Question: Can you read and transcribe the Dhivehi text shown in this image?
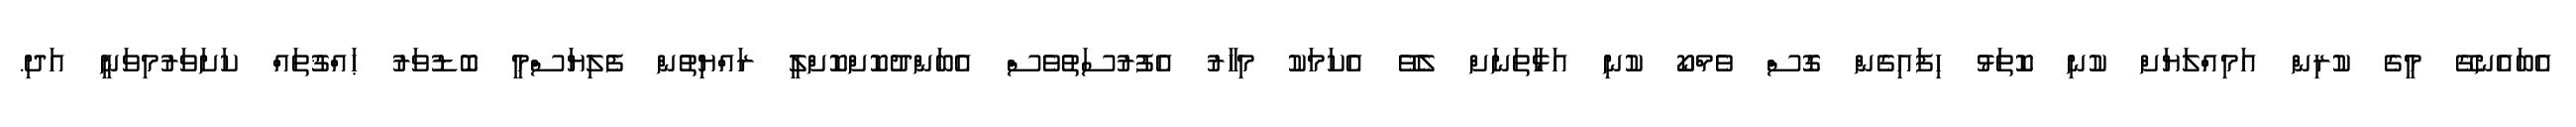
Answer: އެބައެނގޭ މީގެ ކުރިން އަމިއްލަޔަށް ކުނި ކޮތަޅު ހިފައިގެން ގޮސް ވެމްކޯ ކުނި އަޅާތަނަށް ލެވޭ އެކަމަކު މިހާރު އެފުރުސަތުވެސް އެބަންދުކޮށްކޮށްލީ ރައްޔިތުން ފެލިޔަސްމީ ބޮޑުވަރު ޙައްޤުތައް ކަށަވަރުމިވަނީ އަދި.